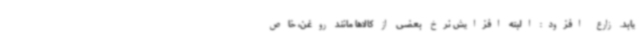
یابد. زارع افزود: البته افزایش نرخ بعضی از کالاها مانند روغن، خاص